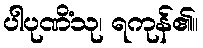
ပါပုဏိံသု၊ ရကုန်၏။